Problem: 34 + 13 = ?
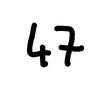
Handwritten answer: 47